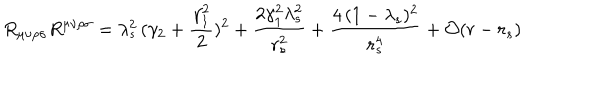
LaTeX: R _ { \mu \nu \rho \sigma } R ^ { \mu \nu \rho \sigma } = \lambda _ { s } ^ { 2 } \, ( \gamma _ { 2 } + \frac { \gamma _ { 1 } ^ { 2 } } { 2 } ) ^ { 2 } + \frac { 2 \gamma _ { 1 } ^ { 2 } \lambda _ { s } ^ { 2 } } { r _ { s } ^ { 2 } } + \frac { 4 \, ( 1 - \lambda _ { s } ) ^ { 2 } } { r _ { s } ^ { 4 } } + { \cal { O } } ( r - r _ { s } )